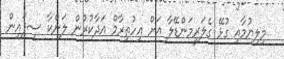
މިލިޔުމާއި ގުޅޭ ގެލަރީމަންޑޭލާ އަށް އިހުތިރާމް އަދާކުރުން ލަންކާ ސިފައިން